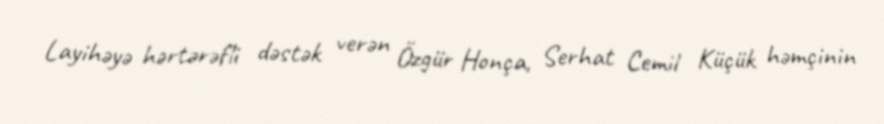
Layihəyə hərtərəfli dəstək verən Özgür Honça, Serhat Cemil Küçük həmçinin